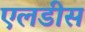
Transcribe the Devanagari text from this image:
एलडीस